Civil Veterinary Department Bengal reports 1933-51 - 1933-1951
Year: 1933
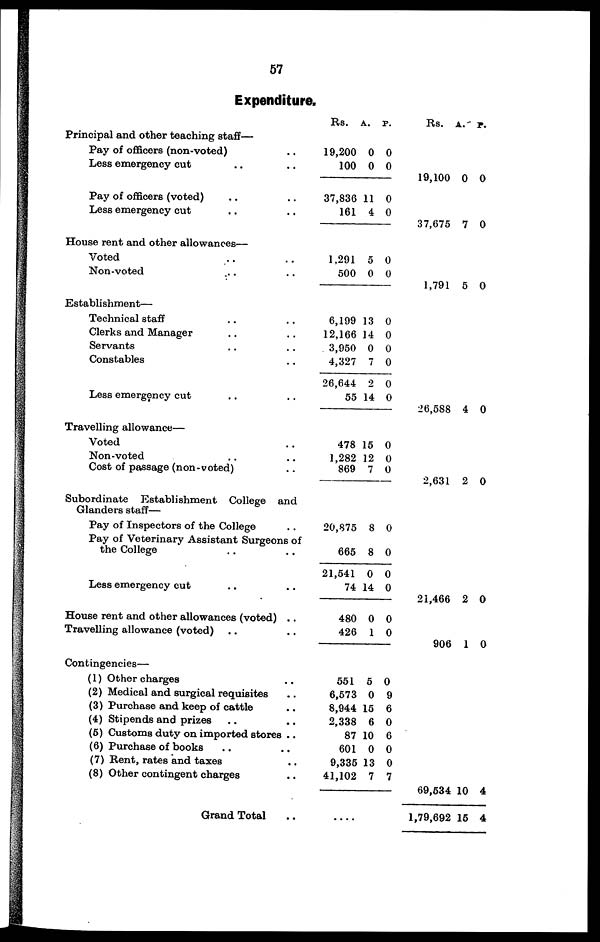
57
Expenditure.
Principal and other teaching staff—
Pay of officers (non-voted) ..
Less emergency cut .. ..
Pay of officers (voted) .. ..
Less emergency cut .. ..
House rent and other allowances—
Voted .. ..
Non-voted .. ..
Establishment—
Technical staff .. ..
Clerks and Manager .. ..
Servants .. ..
Constables ..
Less emergency cut .. ..
Travelling allowance—
Voted ..
Non -voted .. ..
Cost of passage (non-voted) ..
Subordinate Establishment College and
Glanders staff—
Pay of Inspectors of the College ..
Pay of Veterinary Assistant Surgeons of
the College .. ..
Less emergency cut .. ..
House rent and other allowances (voted) ..
Travelling allowance (voted) .. ..
Contingencies—
(1) Other charges ..
(2) Medical and surgical requisites ..
(3) Purchase and keep of cattle ..
(4) Stipends and prizes .. ..
(5) Customs duty on imported stores ..
(6) Purchase of books .. ..
(7) Rent, rates and taxes ..
(8) Other contingent charges ..
Grand Total ..
Rs.
19,200
100
37,836
161
1,291
500
6,199
12,166
3,950
4,327
26,644
55
478
1,282
869
20,875
665
21,541
74
480
426
551
6,573
8,944
2,338
87
601
9,335
41,102
....
A.
0
0
11
4
5
0
13
14
0
7
2
14
15
12
7
8
8
0
14
0
1
5
0
15
6
10
0
13
7
P.
0
0
0
0
0
0
0
0
0
0
0
0
0
0
0
0
0
0
0
0
0
0
9
6
0
6
0
0
7
Rs.
19,100
37,675
1,791
26,588
2,631
21,466
906
69,534
1,79,692
A.
0
7
5
4
2
2
1
10
15
P.
0
0
0
0
0
0
0
4
4